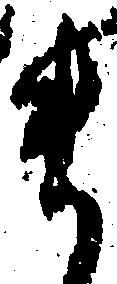
ま